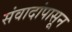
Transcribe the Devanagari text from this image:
संवादांपासून